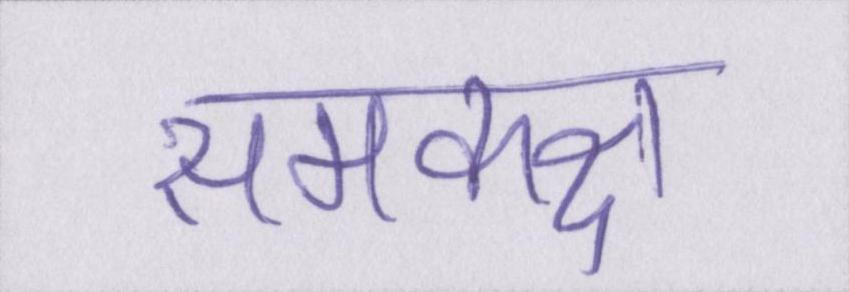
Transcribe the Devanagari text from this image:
समकक्ष